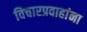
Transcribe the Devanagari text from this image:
विचारप्रवाहांना